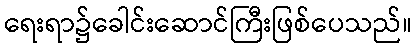
ရေးရာ၌ခေါင်းဆောင်ကြီးဖြစ်ပေသည်။